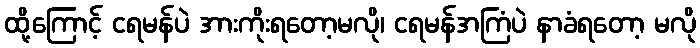
ထို့ကြောင့် ငရမန်ပဲ အားကိုးရတော့မလို၊ ငရမန်အကြံပဲ နာခံရတော့ မလို